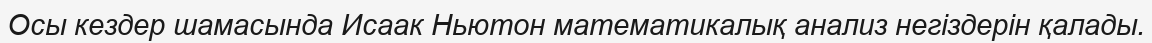
Осы кездер шамасында Исаак Ньютон математикалық анализ негіздерін қалады.